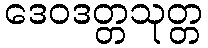
ဒေဝဒတ္တသုတ္တ